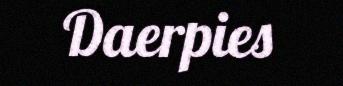
Daerpies